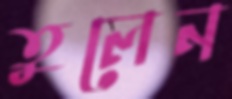
তুলেন